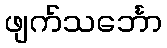
ဖျက်သင်္ဘော